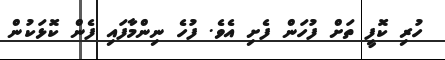
ހުރި ކޮފީ ތަށް ފުހަން ފެށި އެވެ. ފުހެ ނިންމާފައި ފެން ކޮޅަކުން